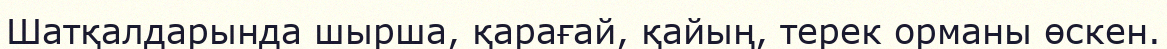
Шатқалдарында шырша, қарағай, қайың, терек орманы өскен.